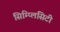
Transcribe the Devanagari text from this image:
सिम्प्लिसिटी